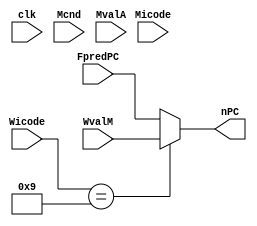
// PC_UPDATE IS SELECT_PC ONLY IDK WHY I KEPT THIS NAME!

`timescale 1ns / 10ps

module pc_update(
    input clk,
    input Mcnd,
    input [3:0]Micode,
    input [3:0]Wicode,
    input [63:0]MvalA,
    input [63:0]WvalM,
    input [63:0]FpredPC,
    output reg [63:0]nPC
);

// DEFINING ICODE PARAMETERS

parameter HALT = 4'b0000;
parameter NOP = 4'b0001;
parameter CMOVXX = 4'b0010;
parameter IRMOVQ = 4'b0011;
parameter RMMOVQ = 4'b0100;
parameter MRMOVQ = 4'b0101;
parameter OPQ = 4'b0110;
parameter JXX = 4'b0111;
parameter CALL = 4'b1000;
parameter RET = 4'b1001;
parameter PUSHQ = 4'b1010;
parameter POPQ = 4'b1011;

initial begin
nPC = 64'd2; // BECAUSE FIRST INSTRUCTION IS HALT, TO USE THIS UNCOMMENT FIRST INSTRUCTION OF HALT AND INITIALIZE 0 HERE
end

always @(*)
begin
    
    case(Micode)

    JXX:
    begin
        if(Mcnd == 0)
        begin
            nPC <= MvalA;
        end
    end

    default:
    begin
        nPC = FpredPC; // FpredPC IS COMING FROM FREG MODULE KA OUTPUT
    end

    endcase

    case(Wicode)

    RET:
    begin
        nPC = WvalM;
    end

    default:
    begin
        nPC = FpredPC;
    end

    endcase


end

endmodule